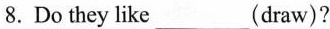
8.Do they like___(draw)?